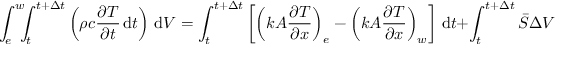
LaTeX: \int _ { e } ^ { w } \! \! \! \int _ { t } ^ { t + \Delta t } \left( \rho c { \frac { \partial T } { \partial t } } \, \mathrm { d } t \right) \, \mathrm { d } V = \int _ { t } ^ { t + \Delta t } \left[ \left( k A { \frac { \partial T } { \partial x } } \right) _ { e } - \left( k A { \frac { \partial T } { \partial x } } \right) _ { w } \right] \, \mathrm { d } t + \int _ { t } ^ { t + \Delta t } { \bar { S } } \Delta V \, \mathrm { d } t